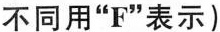
不同用"F"表示)